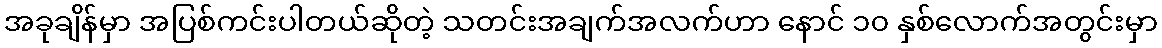
အခုချိန်မှာ အပြစ်ကင်းပါတယ်ဆိုတဲ့ သတင်းအချက်အလက်ဟာ နောင် ၁၀ နှစ်လောက်အတွင်းမှာ